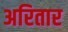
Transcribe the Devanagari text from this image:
अरितार